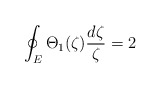
\begin{align*}\oint_{E}\Theta_{1}(\zeta) \frac{d\zeta}{\zeta} = 2\end{align*}